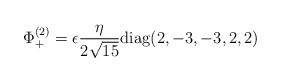
\begin{align*}\Phi_+^{(2)}=\epsilon {\eta\over {2\sqrt{15}}} {\rm diag} (2,-3,-3,2,2)\end{align*}